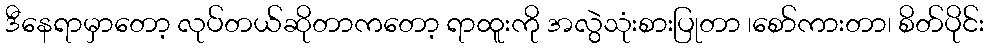
ဒီနေရာမှာတော့ လုပ်တယ်ဆိုတာကတော့ ရာထူးကို အလွဲသုံးစားပြုတာ ၊စော်ကားတာ၊ စိတ်ပိုင်း